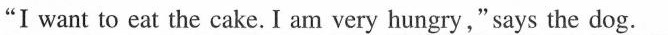
"I want to eat the cake. I am very hungry," says the dog.